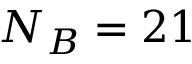
N _ { B } = 2 1